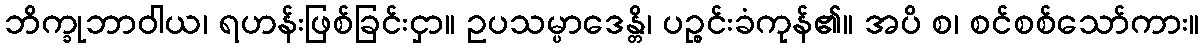
ဘိက္ခုဘာဝါယ၊ ရဟန်းဖြစ်ခြင်းငှာ။ ဥပသမ္ပာဒေန္တိ၊ ပဉ္စင်းခံကုန်၏။ အပိ စ၊ စင်စစ်သော်ကား။